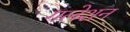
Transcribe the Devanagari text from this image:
गलेशन